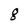
Character: g